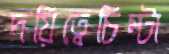
দয়িত্বেচিম্‌টা